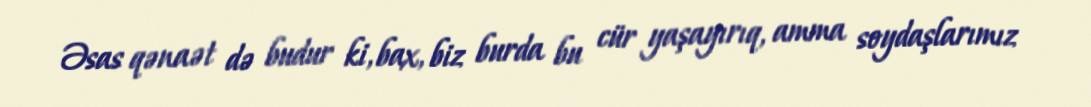
Əsas qənaət də budur ki, bax, biz burda bu cür yaşayırıq, amma soydaşlarımız